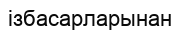
ізбасарларынан